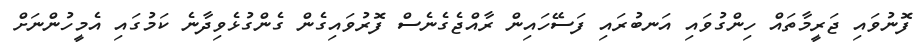
ފޮނުވައި ޖަރީމާތައް ހިންގުވައި އަނބުރައި ފަސޭހައިން ރާއްޖެގެނެސް ފޮރުވައިގެން ގެންގުޅެވިދާނެ ކަމުގައި އެމީހުންނަށް